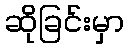
ဆိုခြင်းမှာ